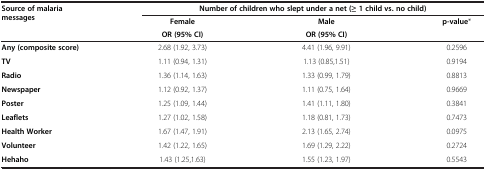
<table><thead><tr><td><b>Source of malaria messages</b></td><td colspan="3"><b>Number of children who slept under a net (≥ 1 child vs. no child)</b></td></tr><tr><td><b> </b></td><td><b>Female</b></td><td><b>Male</b></td><td><b>p-value*</b></td></tr><tr><td><b> </b></td><td><b>OR (95% CI)</b></td><td><b>OR (95% CI)</b></td><td><b> </b></td></tr></thead><tbody><tr><td><b>Any (composite score)</b></td><td>2.68 (1.92, 3.73)</td><td>4.41 (1.96, 9.91)</td><td>0.2596</td></tr><tr><td><b>TV</b></td><td>1.11 (0.94, 1.31)</td><td>1.13 (0.85,1.51)</td><td>0.9194</td></tr><tr><td><b>Radio</b></td><td>1.36 (1.14, 1.63)</td><td>1.33 (0.99, 1.79)</td><td>0.8813</td></tr><tr><td><b>Newspaper</b></td><td>1.12 (0.92, 1.37)</td><td>1.11 (0.75, 1.64)</td><td>0.9669</td></tr><tr><td><b>Poster</b></td><td>1.25 (1.09, 1.44)</td><td>1.41 (1.11, 1.80)</td><td>0.3841</td></tr><tr><td><b>Leaflets</b></td><td>1.27 (1.02, 1.58)</td><td>1.18 (0.81, 1.73)</td><td>0.7473</td></tr><tr><td><b>Health Worker</b></td><td>1.67 (1.47, 1.91)</td><td>2.13 (1.65, 2.74)</td><td>0.0975</td></tr><tr><td><b>Volunteer</b></td><td>1.42 (1.22, 1.65)</td><td>1.69 (1.29, 2.22)</td><td>0.2724</td></tr><tr><td><b>Hehaho</b></td><td>1.43 (1.25,1.63)</td><td>1.55 (1.23, 1.97)</td><td>0.5543</td></tr></tbody></table>